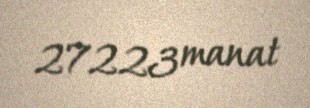
27223 manat